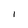
Character: I